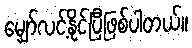
မျှော်လင့်နိုင်ပြီဖြစ်ပါတယ်။